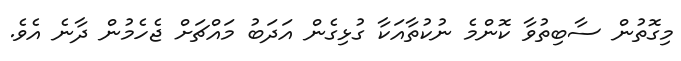
މިގޮތުން ސާބިތުވާ ކޮންމެ ނުކުތާއަކާ ގުޅިގެން އަދަބު މައްޗަށް ޖެހެމުން ދާނެ އެވެ.